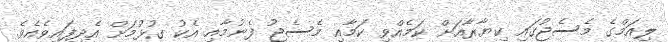
ލިއަމްގެ މެސެޖުގައި ކިޔާރާއަށް ކަމެއްވި ކަމާއި މެސެޖު ފެނުމާއި އެކު ގުޅުމަށް އެދިފައިވެއެވެ.